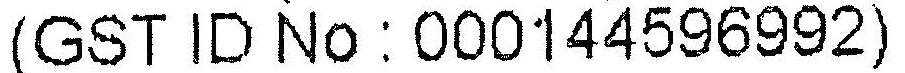
(GST ID NO : 000144596992)